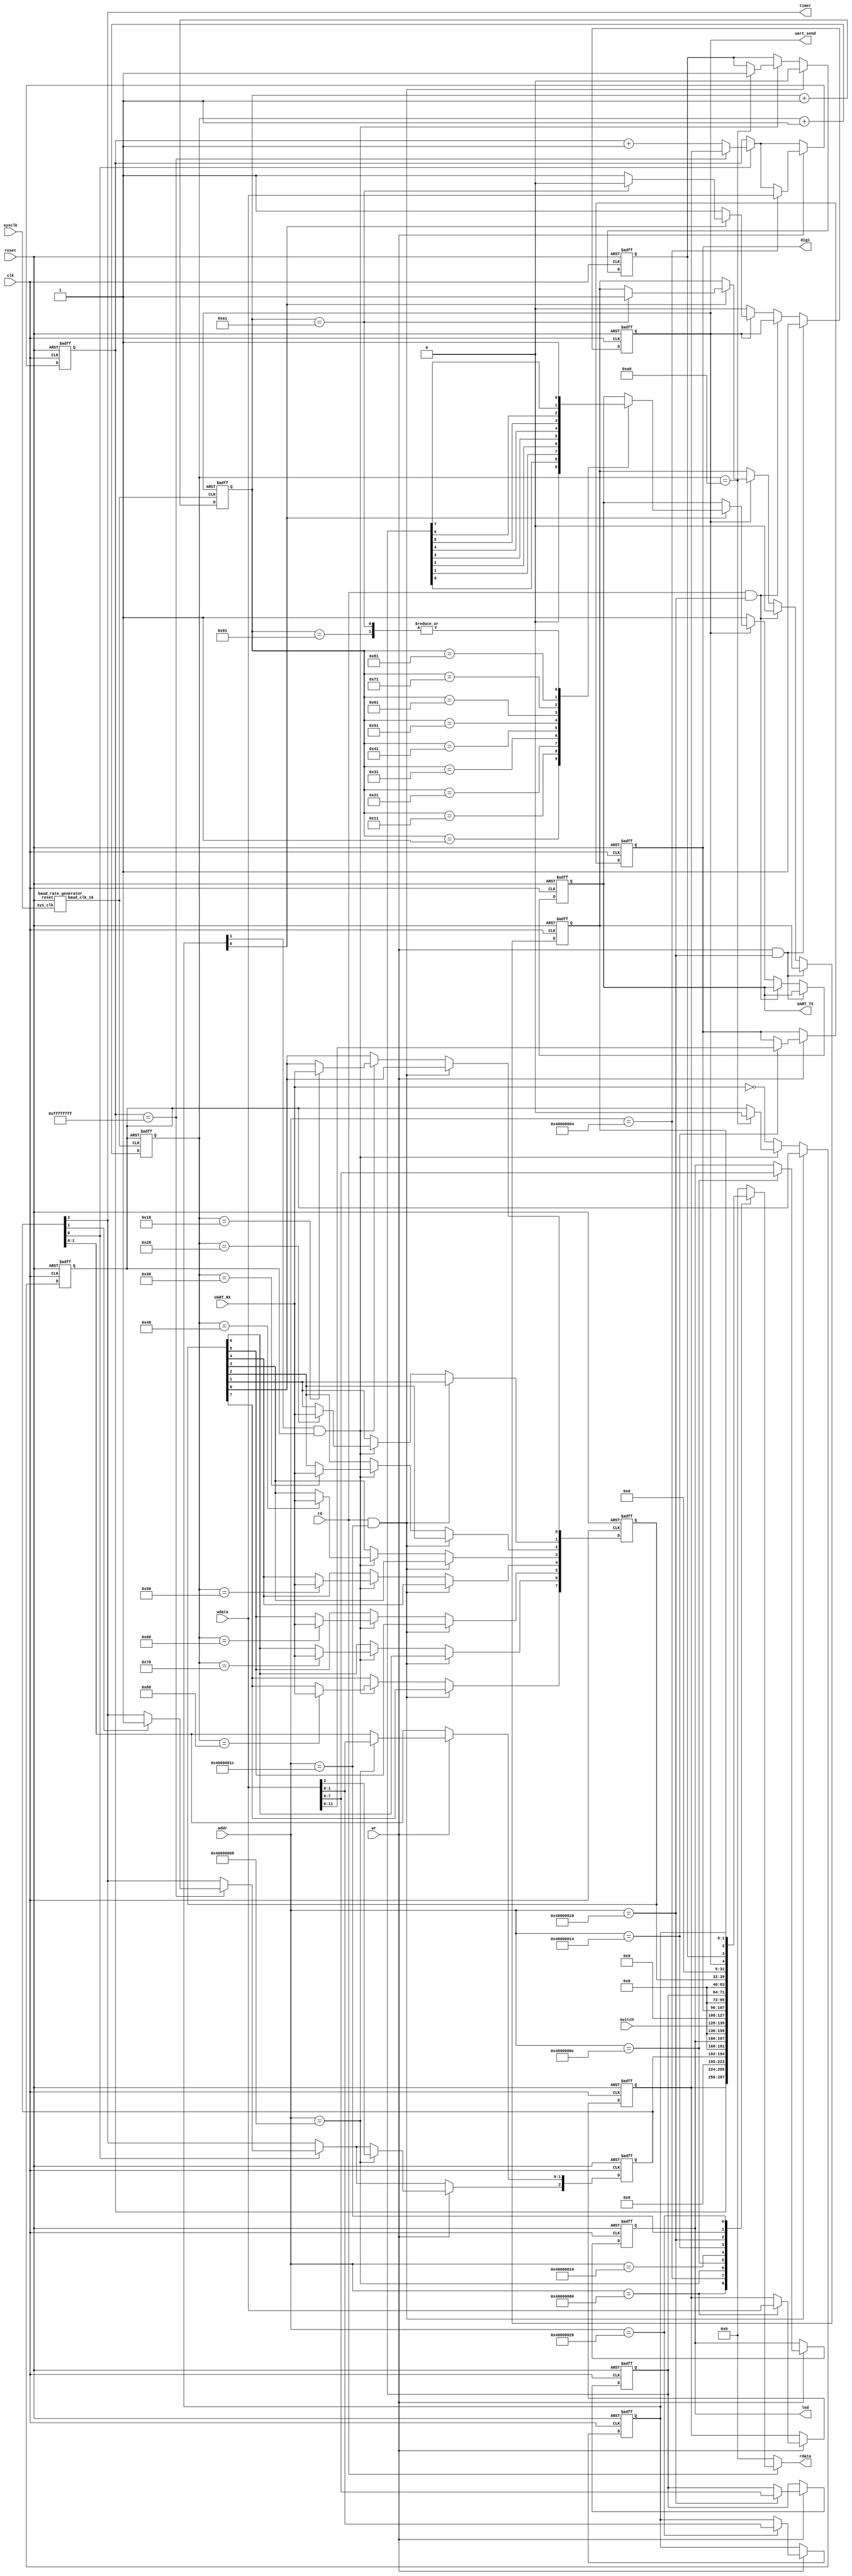
`timescale 1ns/1ps

module Peripheral (reset,sysclk,clk,rd,wr,addr,wdata,rdata, led,switch,digi,timer, UART_RX,UART_TX,uart_send);
input reset,sysclk,clk;
input rd,wr;
input [31:0] addr;
input [31:0] wdata;
output [31:0] rdata;
reg [31:0] rdata;

output [7:0] led;
reg [7:0] led;

input [7:0] switch;
output [11:0] digi;
reg [11:0] digi;
output timer,uart_send;

input UART_RX;
output UART_TX;
reg UART_TX;

reg[7:0] UART_RXD;
reg[7:0] UART_TXD;
reg[4:0] UART_CON;
assign uart_send=UART_CON[4];

//timer + other display
reg [31:0] TH,TL;
reg [2:0] TCON;
assign timer = TCON[2];

always@(*) begin
	if(rd) begin
		case(addr)
			32'h40000000: rdata <= TH;
			32'h40000004: rdata <= TL;
			32'h40000008: rdata <= {29'b0,TCON};
			32'h4000000C: rdata <= {24'b0,led};
			32'h40000010: rdata <= {24'b0,switch};
			32'h40000014: rdata <= {20'b0,digi};
			32'h40000018: rdata <= {24'b0,UART_TXD};
			32'h4000001C: rdata <= {24'b0,UART_RXD};
			32'h40000020: rdata <= {27'b0,UART_CON};
			default: rdata <= 32'b0;
		endcase
	end
	else
		rdata <= 32'b0;
end

always@(negedge reset or posedge clk) begin
	if(~reset) begin
		TH <= 32'b0;
		TL <= 32'b0;
		TCON <= 3'b0;	

		led <= 8'h00;
		digi <= 12'h000;

		UART_TXD <= 8'h00;
		UART_CON[1:0] <= 2'b11;
	end
	else begin
		if(TCON[0]) begin	//timer is enabled
			if(TL==32'hffffffff) begin
				TL <= TH;
				if(TCON[1]) TCON[2] <= 1'b1;		//irq is enabled
			end
			else begin
				TL <= TL + 1;
			end
		end

		if(wr) begin
			case(addr)
				32'h40000000: TH <= wdata;
				32'h40000004: TL <= wdata;
				32'h40000008: TCON <= wdata[2:0];		
				32'h4000000C: led <= wdata[7:0];	
				32'h40000014: digi <= wdata[11:0];
				32'h40000018: UART_TXD <= wdata[7:0];
				32'h40000020: UART_CON[1:0] <= wdata[1:0];
				default: ;
			endcase
		end
	end
end
//

//uart receiver, UART_CON[3]
wire baud_x16;

baud_rate_generator baud(reset,sysclk,baud_x16);

reg[7:0] rdata_state;
reg receive_state;

always@(posedge clk or negedge reset)
begin
	if(~reset) begin
		receive_state <= 1'b0;
		UART_RXD <= 8'h00;
		UART_CON[3] <= 1'b0;
	end
	else begin
		if(rd && addr==32'h4000001C)
			UART_CON[3] <= 1'b0;
		else if(UART_CON[1] && receive_state) begin
			case(rdata_state)
				24:begin UART_RXD[0] <= UART_RX;end
				40:begin UART_RXD[1] <= UART_RX;end
				56:begin UART_RXD[2] <= UART_RX;end
				72:begin UART_RXD[3] <= UART_RX;end
				88:begin UART_RXD[4] <= UART_RX;end
				104:begin UART_RXD[5] <= UART_RX;end
				120:begin UART_RXD[6] <= UART_RX;end
				136:begin UART_RXD[7] <= UART_RX;end
				160:begin
					receive_state <= 1'b0;
					UART_CON[3] <= 1'b1;
					end
				default:;
			endcase
		end
		else begin
			receive_state <= ~UART_RX;
		end
	end
end

always@(posedge baud_x16 or negedge receive_state)
begin
	if(~receive_state) begin
		rdata_state <= 8'h00;
	end
	else begin
		rdata_state <= rdata_state+1;
	end
end
//

//uart sender, UART_CON[2,4]
reg[7:0] wdata_state;

always@(posedge clk or negedge reset)
begin
	if(~reset) begin
		UART_TX <= 1;
		UART_CON[2] <= 0;
		UART_CON[4] <= 0;
	end
	else begin

		if(wr && addr==32'h40000018)
			UART_CON[4] <= 1;
		else if(rd && addr==32'h40000018) begin
			UART_CON[2] <= 0;
		end
		else if(~UART_CON[4]) begin
			UART_TX <= 1;
		end
		else if(UART_CON[0]) begin
			case(wdata_state)
				1:begin UART_TX <= 0;end
				17:begin UART_TX <= UART_TXD[0];end
				33:begin UART_TX <= UART_TXD[1];end
				49:begin UART_TX <= UART_TXD[2];end
				65:begin UART_TX <= UART_TXD[3];end
				81:begin UART_TX <= UART_TXD[4];end
				97:begin UART_TX <= UART_TXD[5];end
				113:begin UART_TX <= UART_TXD[6];end
				129:begin UART_TX <= UART_TXD[7];end
				145:begin UART_TX <= 1;end
				161:begin UART_TX <= 1;
					UART_CON[4] <= 0;
					UART_CON[2] <= 1;
					end
				default:;
			endcase
		end
	end
end

	always@(posedge baud_x16 or negedge UART_CON[4])
	begin
		if(~UART_CON[4]) begin
			wdata_state <= 0;
		end
		else begin
			wdata_state <= wdata_state+1;
		end
	end
//

endmodule

module baud_rate_generator(reset,sys_clk,baud_clk_16);
	input reset,sys_clk;
	output baud_clk_16;
	reg baud_clk_16;
	reg[8:0] baud_state;

	always@(posedge sys_clk or negedge reset)
	begin
		if(~reset) begin
			baud_clk_16 <= 0;
			baud_state <= 0;
		end
		else begin
			if(baud_state==0)
				baud_clk_16 <= ~baud_clk_16;
			baud_state <= (baud_state==324)?0:baud_state+1;	//100M/9600/16=651.04
		end
	end
endmodule